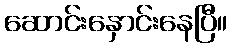
ဆောင်းနှောင်းနေပြီ။